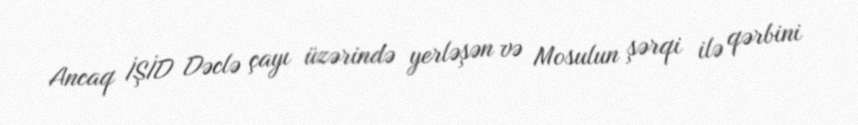
Ancaq İŞİD Dəclə çayı üzərində yerləşən və Mosulun şərqi ilə qərbini